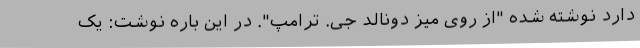
دارد نوشته شده "از روی میز دونالد جی. ترامپ". در این باره نوشت: یک